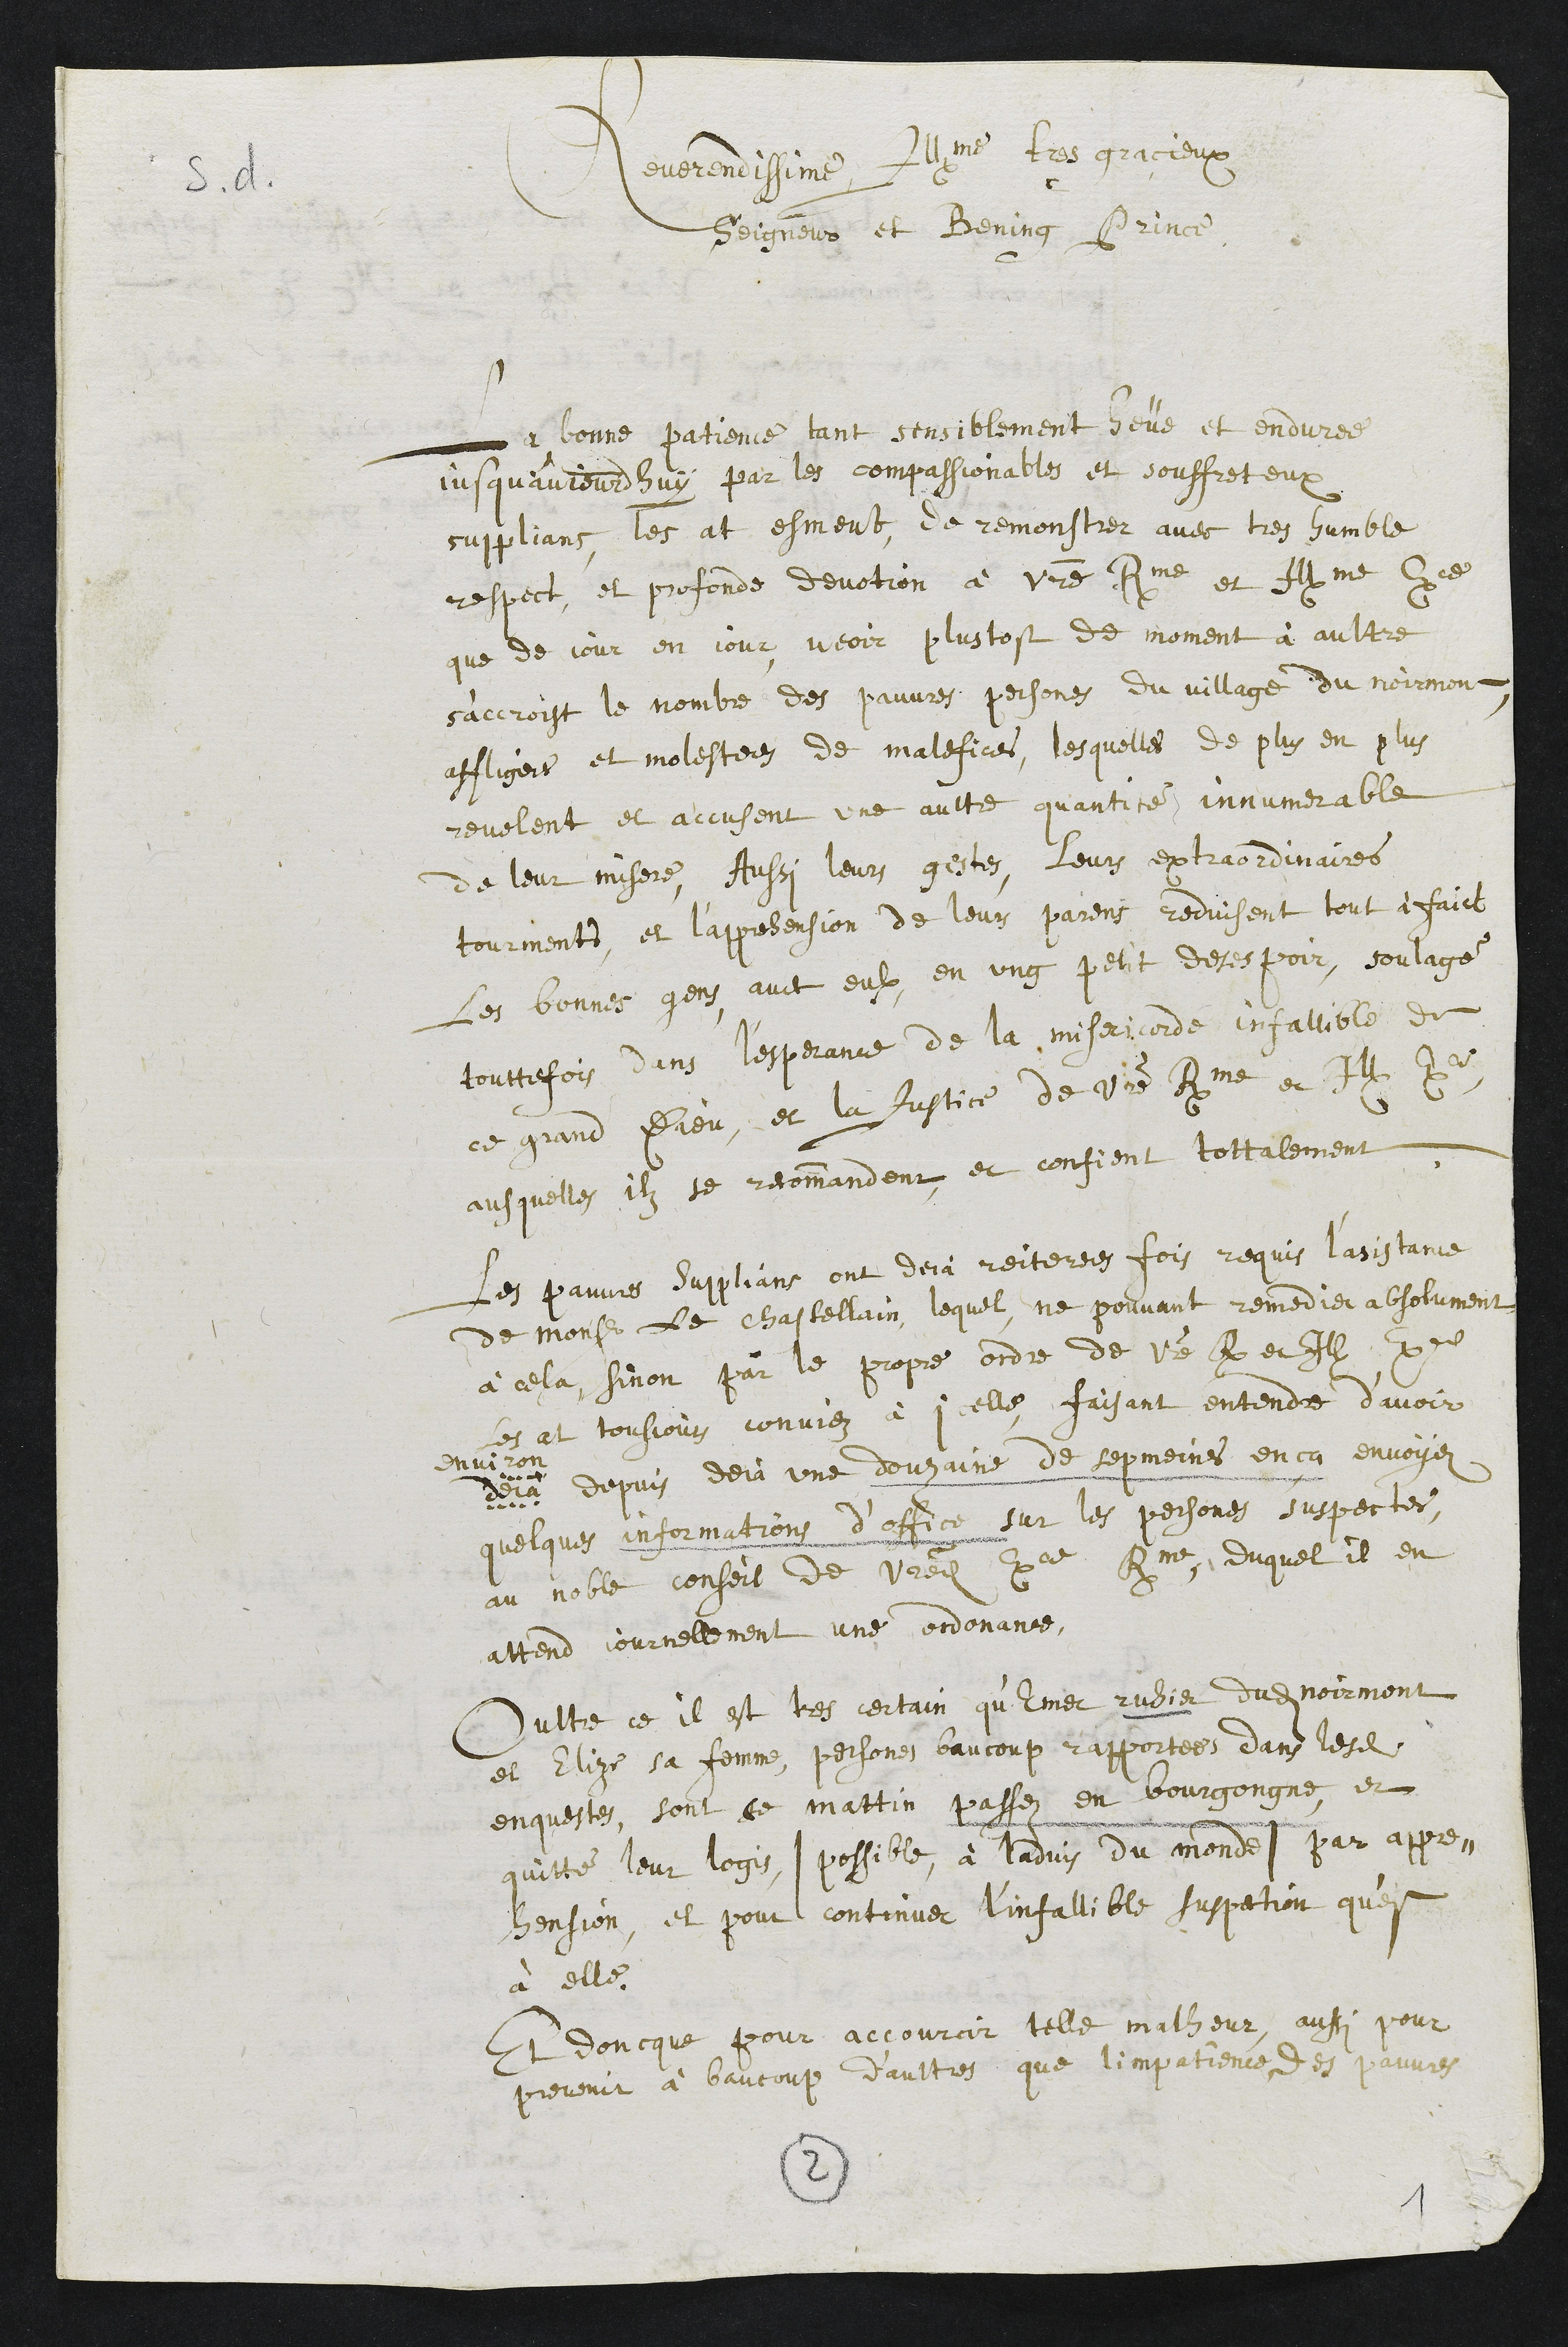
Reverendissime Illme tres gracieux
Seigneur et bening Prince
La bonne patience tant sensiblement heüe et enduree
jusqu'aujourdhuy par les compassionables et souffreteux
supplians les at esmeut de remonstrer avec tres humble
respect, et profonde devotion à votre Rme et Illme Exce
que de jour en jour, veoir plustost de moment à aultre
s’accroist le nombre des pauvres persones du village du Noirmont
affligees et molestees de malefices, lesquelles de plus en plus
revelent et accusent une aultre quantite innumerable
de leur misere, Aussi leurs gestes, leurs extraordinaires
tourments, et l’apprehension de leurs parens reduisent tout à faict
les bonnes gens avec eulx, en ung petit desespoir, soulagé
touttefois dans l'esperance de la misericorde infallible de
ce grand Dieu, et la Justice de votre Rme et Il. Exce
ausquelles ilz se recommandent, et confient tottalement.
Les pauvres supplians ont deja reiterees fois requis l'asistance
de Monsieur le chastellain, lequel ne pouvant remedier absolument
à cela, sinon par le propre ordre de votre R. et Ill. Exce
les at tousjour conviez à icelle, faisant entendre d'avoir
Environ
deja depuis deja une douzaine de sepmaines enca envoyez
quelques informations d’office sur les persones suspectes,
au noble conseil de votredite Exce Rme, duquel il en
attend journellement une ordonance.
Oultre ce il est tres certain qu’Emer ruhier dudit Noirmont
et Elize sa femme, persones baucoup rapportees dans lesdites
enquestes, sont ce mattin passez en bourgongne, et
quitté leur logis (possible, à ladvis du monde) par appre¬
hension, et pour continuer l’infallible suspection qu’est
à elle.
Et doncque pour accourcir telle malheur, aussi pour
prevenir à baucoup d'aultres que limpatience des pauvres
2
1